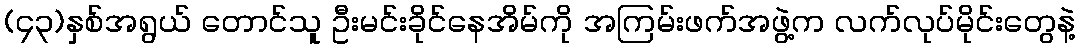
(၄၃)နှစ်အရွယ် တောင်သူ ဦးမင်းခိုင်နေအိမ်ကို အကြမ်းဖက်အဖွဲ့က လက်လုပ်မိုင်းတွေနဲ့